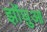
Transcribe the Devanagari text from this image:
झोंघुआ